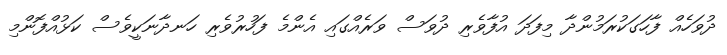
ދުވަހެއް ފާހަގަކުރަމުންދާ މިފަދަ އުފާވެރި ދުވަސް ވަރެއްގައި އެންމެ ފަހުރުވެރި ހަނދާނަކީވެސް ކަޅުއްފޮންމި